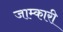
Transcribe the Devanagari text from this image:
जाम्कारी